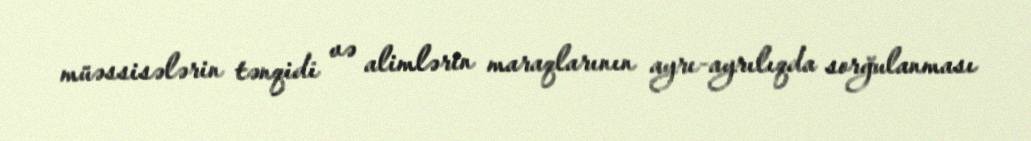
müəssisələrin tənqidi və alimlərin maraqlarının ayrı-ayrılıqda sorğulanması